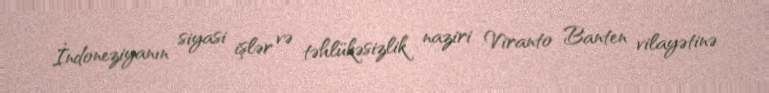
İndoneziyanın siyasi işlər və təhlükəsizlik naziri Viranto Banten vilayətinə